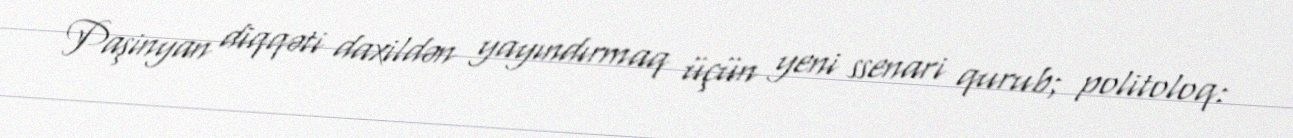
Paşinyan diqqəti daxildən yayındırmaq üçün yeni ssenari qurub; politoloq: